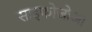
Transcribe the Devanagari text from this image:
साइफोजोआ